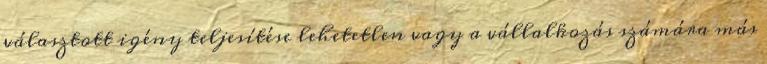
választott igény teljesítése lehetetlen vagy a vállalkozás számára más